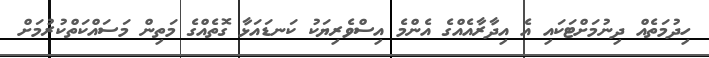
ހިދުމަތެއް ދިނުމަށްޓަކައި އެ އިދާރާއެއްގެ އެންމެ އިސްވެރިޔަކު ކަނޑައަޅާ ގޮތެއްގެ މަތިން މަސައްކަތްކުރުމަށް